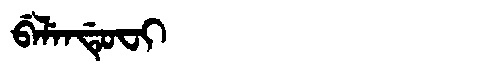
Manchu: ᠪᡝᠯᡝᠨᡩᡠᠸᡳ
Romanization: BELENDUFI